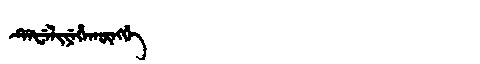
Manchu: ᡩᡝᡶᡝᠯᡳᠶᡝᡥᠠᡴᡡᠩᡤᡝ
Romanization: DEFELIYEHAKŪNGGE